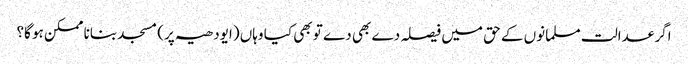
اگر عدالت مسلمانوں کے حق میں فیصلہ دے بھی دے تو بھی کیا وہاں (ایودھیہ پر) مسجد بنانا ممکن ہو گا؟